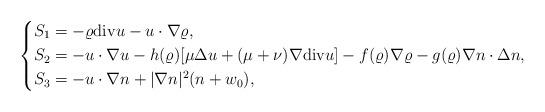
LaTeX: \begin{align*}\left\{\begin{aligned}& S_1=-\varrho{\rm div}u-u \cdot \nabla \varrho,\\& S_2=-u \cdot \nabla u-h(\varrho)[\mu\Delta u+(\mu+\nu)\nabla {\rm div}u]-f(\varrho)\nabla \varrho -g(\varrho)\nabla n \cdot \Delta n,\\& S_3=-u\cdot \nabla n+|\nabla n|^2 (n+w_0),\end{aligned}\right.\end{align*}